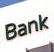
bank